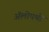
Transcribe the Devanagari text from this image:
अॅलोपथी